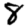
Digit: 8